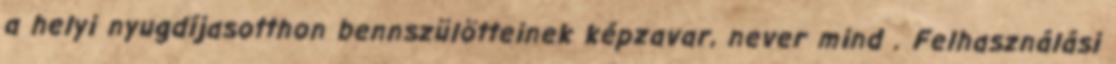
a helyi nyugdíjasotthon bennszülötteinek képzavar, never mind . Felhasználási